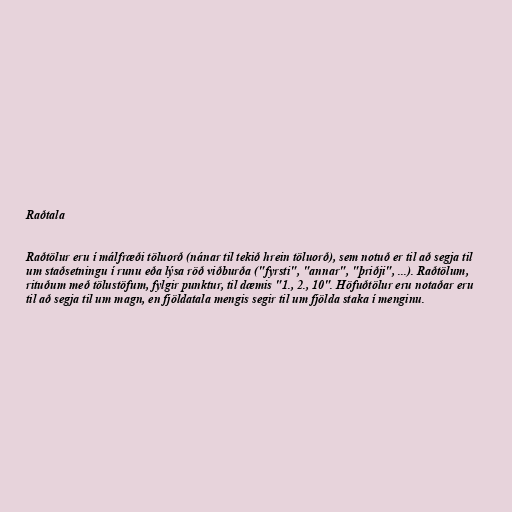
Raðtala

Raðtölur eru í málfræði töluorð (nánar til tekið hrein töluorð), sem notuð er til að segja til
um staðsetningu í runu eða lýsa röð viðburða ("fyrsti", "annar", "þriðji", ...). Raðtölum,
rituðum með tölustöfum, fylgir punktur, til dæmis "1., 2., 10". Höfuðtölur eru notaðar eru
til að segja til um magn, en fjöldatala mengis segir til um fjölda staka í menginu.